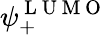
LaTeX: \psi_{+}^{\mathrm{~L~U~M~O~}}